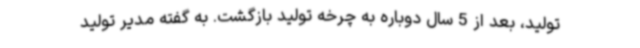
تولید، بعد از 5 سال دوباره به چرخه تولید بازگشت. به گفته مدیر تولید